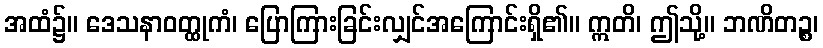
အထံ၌။ ဒေသနာဝတ္ထုကံ၊ ပြောကြားခြင်းလျှင်အကြောင်းရှိ၏။ ဣတိ၊ ဤသို့။ ဘဏိတဉ္စ၊